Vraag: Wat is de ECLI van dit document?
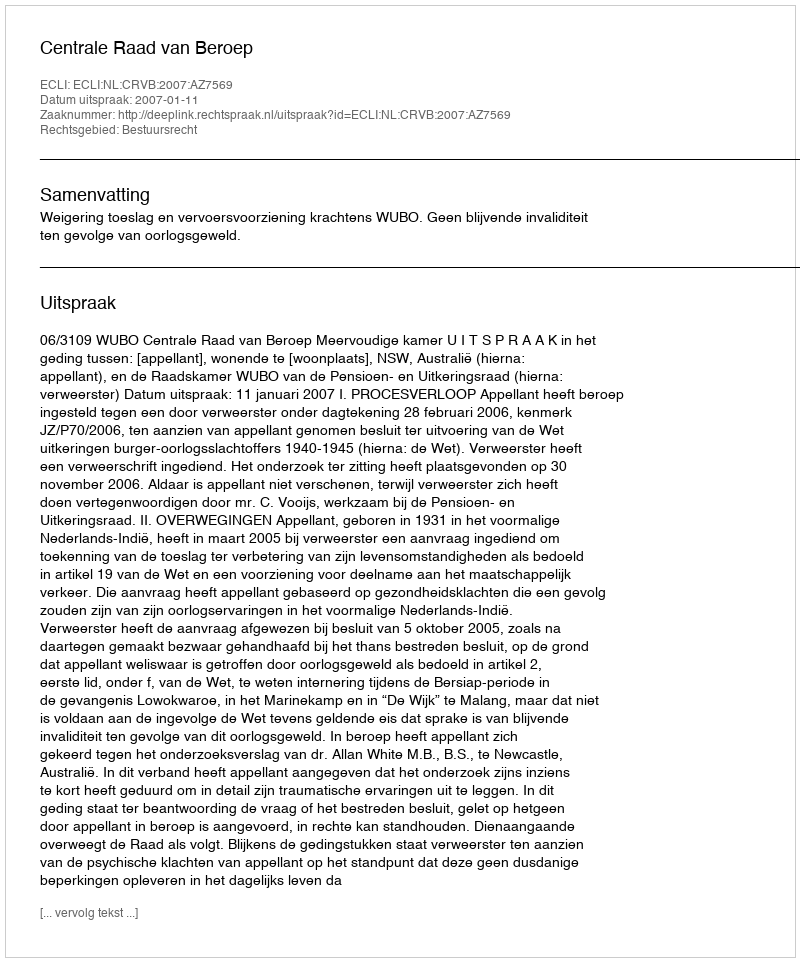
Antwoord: ECLI:NL:CRVB:2007:AZ7569